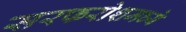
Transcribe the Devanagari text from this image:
सरफरोशमध्ये